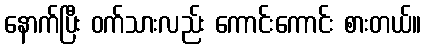
နောက်ပြီး ဝက်သားလည်း ကောင်းကောင်း စားတယ်။